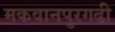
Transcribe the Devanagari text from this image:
मकवानपुरगढी